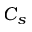
C _ { s }